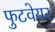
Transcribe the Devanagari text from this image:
फुटवेयर